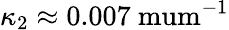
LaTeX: \kappa_{2}\approx 0.007\mathrm{\ mum^{-1}}